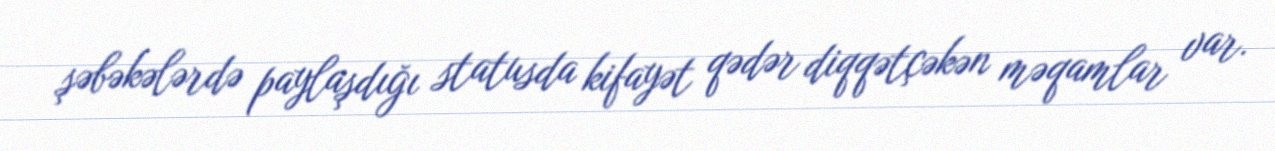
şəbəkələrdə paylaşdığı statusda kifayət qədər diqqətçəkən məqamlar var.